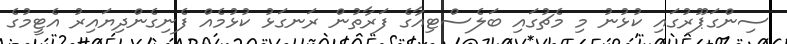
ސިންގަޕޫރުގައި ކުޅުނު މި މެޗުގައި ބަލެސްޓިއާގެ ފަރާތުން ރަނގަޅު ކުޅުމެއް ފެނިގެންދިޔައިރު އެޓީމުގެ